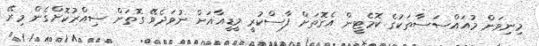
މިނިވަން މުއައްސަސާތަކުގެ ކޮމެޓީން އެގޮތަށް ފާސްކުރީ މީޑީއާއަށް ނުވަދެވޭ ގޮތަށް ސިއްރުކޮށްގެން މިރޭ